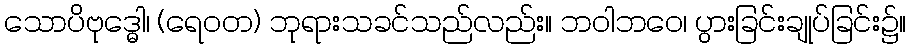
သောပိဗုဒ္ဓေါ၊ (ရေဝတ) ဘုရားသခင်သည်လည်း။ ဘဝါဘဝေ၊ ပွားခြင်းချုပ်ခြင်း၌။